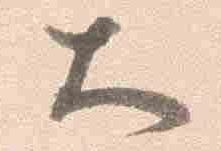
大